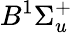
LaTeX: B^{1}\Sigma_{u}^{+}